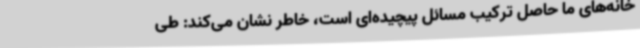
خانه‌های ما حاصل ترکیب مسائل پیچیده‌ای است، خاطر نشان می‌کند: طی